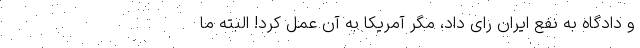
و دادگاه به نفع ایران رای داد، مگر آمریکا به آن عمل کرد! البته ما